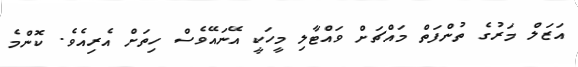
އަޒަލް މަރުގެ ތުންފަތް މައްޗަށް ވައްޓާލި މީހަކީ އޭނައޭވެސް ހިތަށް އެރިއެވެ. ކޮންމެ